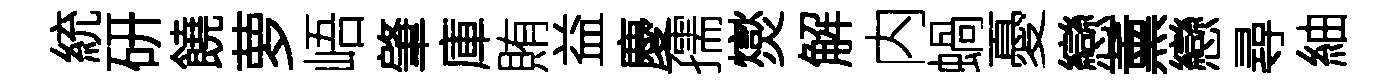
統研饒萝峿肇庫賄益慶孺爕解内蝸憂戀薰戀尋紬